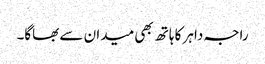
راجہ داہر کا ہاتھ بھی میدان سے بھاگا۔